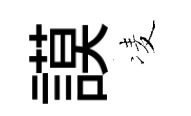
謨凌